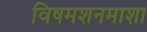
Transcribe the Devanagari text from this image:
विषमशनमाशा